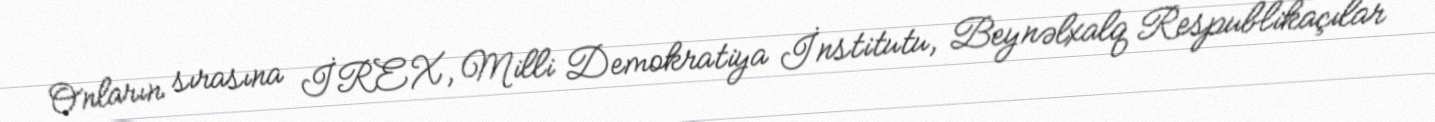
Onların sırasına İREX, Milli Demokratiya İnstitutu, Beynəlxalq Respublikaçılar